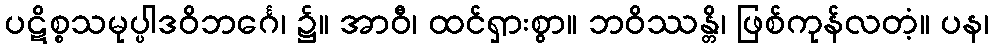
ပဋိစ္စသမုပ္ပါဒဝိဘင်္ဂေ၊ ၌။ အာဝီ၊ ထင်ရှားစွာ။ ဘဝိဿန္တိ၊ ဖြစ်ကုန်လတံ့။ ပန၊